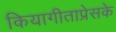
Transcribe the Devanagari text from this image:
कियागीताप्रेसके